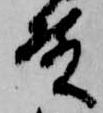
殿